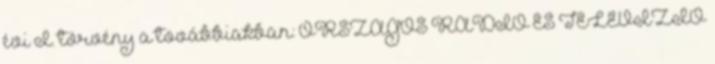
évi I. törvény a továbbiakban: ORSZÁGOS RÁDIÓ ÉS TELEVÍZIÓ